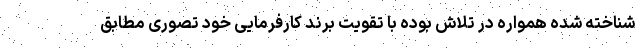
شناخته شده همواره در تلاش بوده با تقویت برند کارفرمایی خود تصوری مطابق